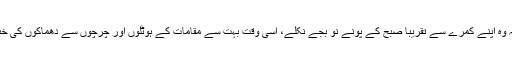
وہ بتاتے ہیں کہ وہ اپنے کمرے سے تقریباً صبح کے پونے نو بجے نکلے، اسی وقت بہت سے مقامات کے ہوٹلوں اور چرچوں سے دھماکوں کی خبریں آرہی تھیں۔